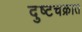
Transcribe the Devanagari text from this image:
दुष्टचक्रात